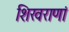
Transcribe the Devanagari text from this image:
शिखराणां